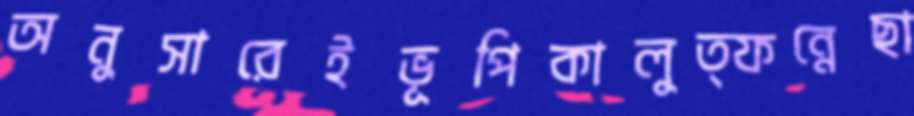
অনুসারেইভূপিকালুত্ফন্নেছা